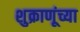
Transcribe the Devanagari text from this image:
शुक्राणूंच्या